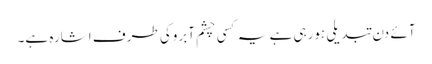
آئے دن تبدیلی ہورہی ہے یہ کسی چشم آبروکی طرف اشارہ ہے۔